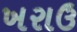
ખરાઉ